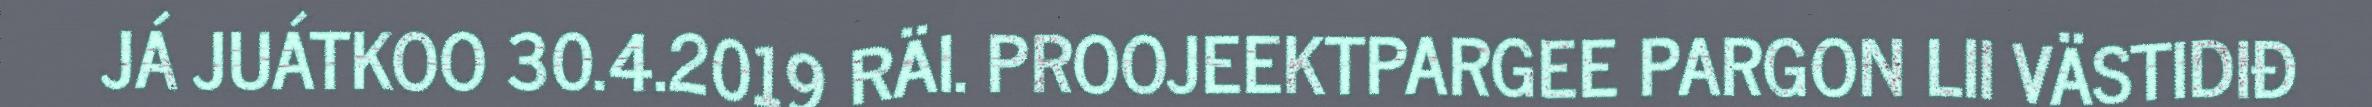
JÁ JUÁTKOO 30.4.2019 RÄI. PROOJEEKTPARGEE PARGON LII VÄSTIDIĐ